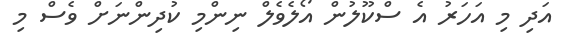
އަދި މި އަހަރު އެ ސްކޫލުން އޯލެވެލް ނިންމި ކުދިންނަށް ވެސް މި